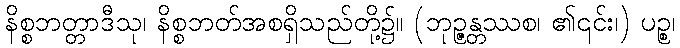
နိစ္စဘတ္တာဒီသု၊ နိစ္စဘတ်အစရှိသည်တို့၌။ (ဘုဉ္ဇန္တဿစ၊ ၏၎င်း၊) ပဉ္စ၊